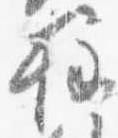
柱